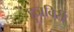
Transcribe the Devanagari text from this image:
हुजविरी